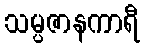
သမ္ပဇာနကာရီ